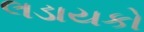
લડાયકો